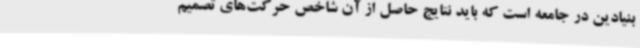
بنیادین در جامعه است که باید نتایج حاصل از آن شاخص حرکت‌های تصمیم